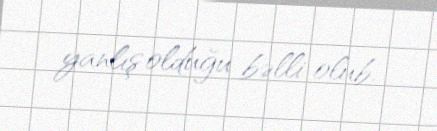
yanlış olduğu bəlli olub.